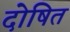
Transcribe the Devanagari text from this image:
दोषित